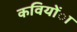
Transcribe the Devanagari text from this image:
कवियोंा